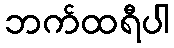
ဘက်ထရီပါ